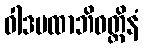
ဝါဒပထာဘိဝတ္တိနံ